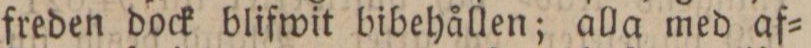
freden dock blifwit bibehållen; alla med af=